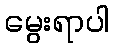
မွေးရာပါ